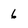
Character: 6